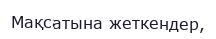
Мақсатына жеткендер,